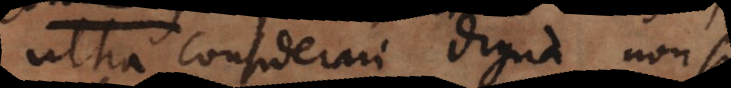
ultra considerari digna non s